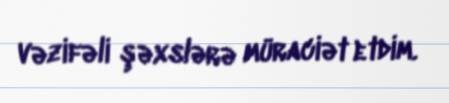
vəzifəli şəxslərə müraciət etdim.